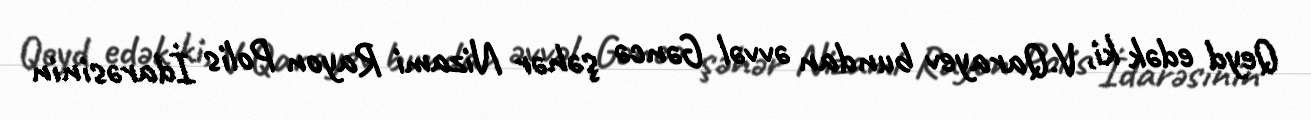
Qeyd edək ki, V.Qarayev bundan əvvəl Gəncə şəhər Nizami Rayon Polis İdarəsinin